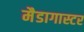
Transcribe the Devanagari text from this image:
मैडागास्टर